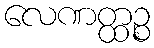
လေဏတ္ထဉ္စ